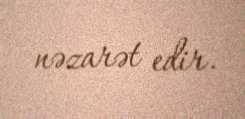
nəzarət edir.